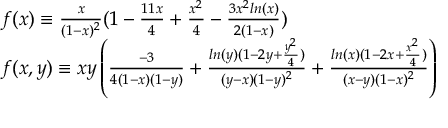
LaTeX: \begin{array} { l } { { f ( x ) \equiv \frac { x } { ( 1 - x ) ^ { 2 } } ( 1 - \frac { 1 1 x } { 4 } + \frac { x ^ { 2 } } { 4 } - \frac { 3 x ^ { 2 } l n ( x ) } { 2 ( 1 - x ) } ) } } \\ { { f ( x , y ) \equiv x y \left( \frac { - 3 } { 4 ( 1 - x ) ( 1 - y ) } + \frac { l n ( y ) ( 1 - 2 y + \frac { y ^ { 2 } } { 4 } ) } { ( y - x ) ( 1 - y ) ^ { 2 } } + \frac { l n ( x ) ( 1 - 2 x + \frac { x ^ { 2 } } { 4 } ) } { ( x - y ) ( 1 - x ) ^ { 2 } } \right) } } \end{array}